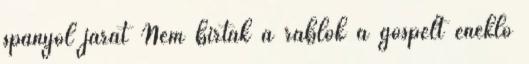
spanyol járat Nem bírták a rablók a gospelt éneklő